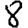
Digit: 8